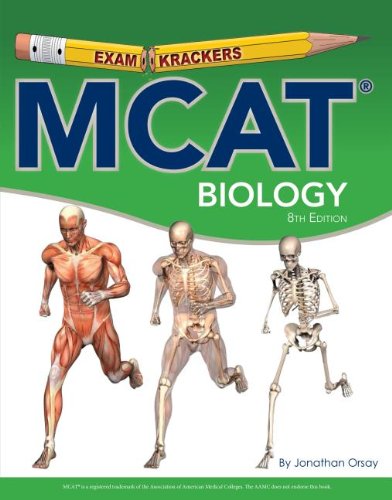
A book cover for MCAT Biology (Examkrackers); Jonathan Orsay; Test Preparation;